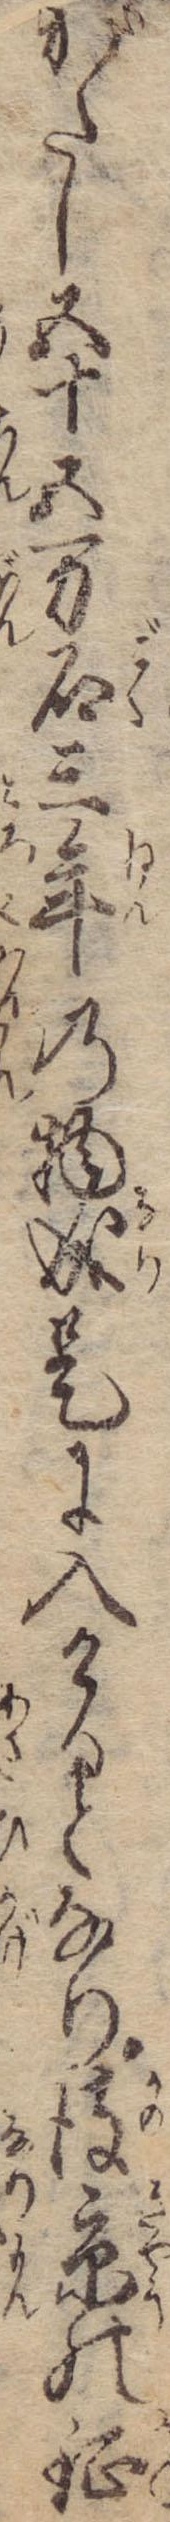
がたし五十五万石三年の物成是に入けるとなり彼京の鉦